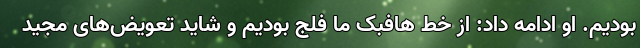
بودیم. او ادامه داد: از خط هافبک ما فلج بودیم و شاید تعویض‌های مجید